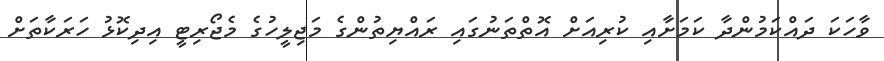
ވާހަކަ ދައްކަމުންދާ ކަމަށާއި ކުރިއަށް އޮތްތަނުގައި ރައްޔިތުންގެ މަޖިލީހުގެ މެޖޯރިޓީ އިދިކޮޅު ހަރަކާތަށް